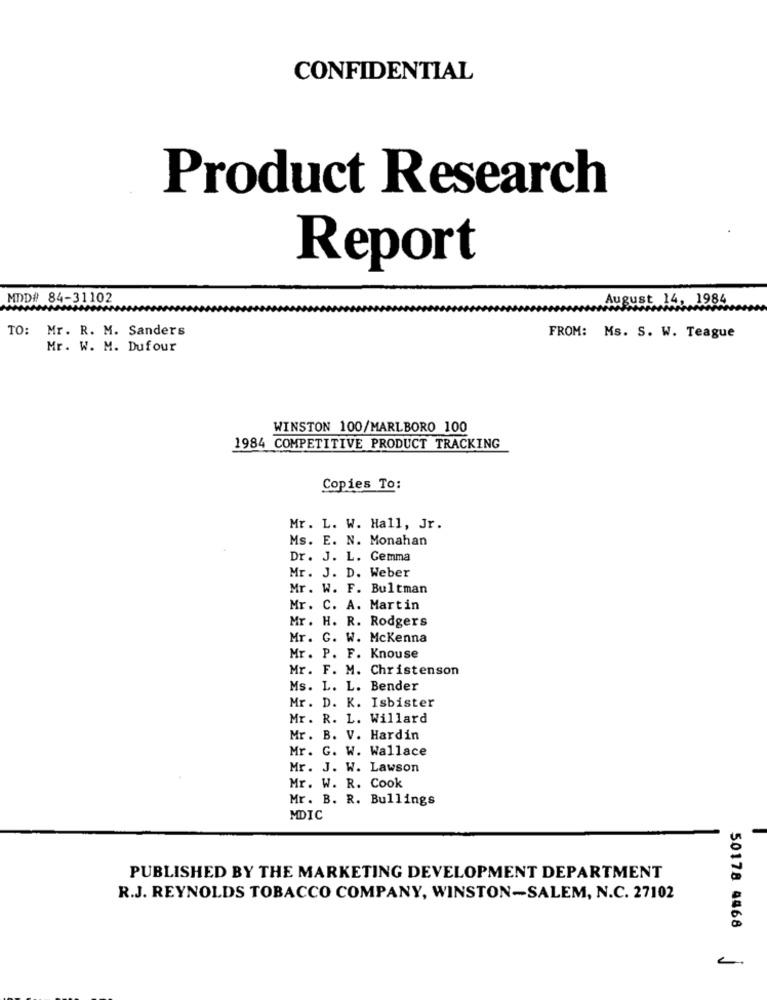
CONFIDENTIAL
Product Research
Report
MDD# 84-31102
August 14, 1984
TO: Mr. R. M. Sanders
FROM: Ms. S. W. Teague
Mr. W. M. Dufour
WINSTON 100/MARLBORO 100
1984 COMPETITIVE PRODUCT TRACKING
Copies To:
Mr. L. W. Hall, Jr.
Ms. E. N. Monahan
Dr. J. L. Gemma
Mr. J. D. Weber
Mr. W. F. Bultman
Mr. C. A. Martin
Mr. H. R. Rodgers
Mr. G. W. Mckenna
Mr. P. F. Knouse
Mr. F. M. Christenson
Ms. L. L. Bender
Mr. D. K. Isbister
Mr. R. L. Willard
Mr. B. V. Hardin
Mr. G. W. Wallace
Mr. J. W. Lawson
Mr. W. R. Cook
Mr. B. R. Bullings
MDIC
PUBLISHED BY THE MARKETING DEVELOPMENT DEPARTMENT
R.J. REYNOLDS TOBACCO COMPANY, WINSTON-SALEM, N.C. 27102
50178 4468